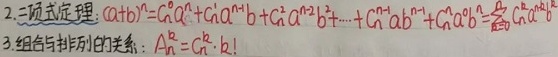
2. 二项式定理：
\[
(a + b)^n = C_{n}^{0}a^{n}+C_{n}^{1}a^{n - 1}b + C_{n}^{2}a^{n - 2}b^{2}+\cdots + C_{n}^{n - 1}ab^{n - 1}+C_{n}^{n}a^{0}b^{n}=\sum_{k = 0}^{n}C_{n}^{k}a^{n - k}b^{k}
\]

3. 组合与排列的关系：
\[
A_{n}^{k}=C_{n}^{k}\cdot k!
\]